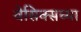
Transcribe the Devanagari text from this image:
वेसिक्सच्या